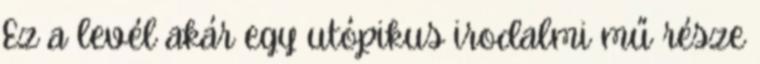
Ez a levél akár egy utópikus irodalmi mű része